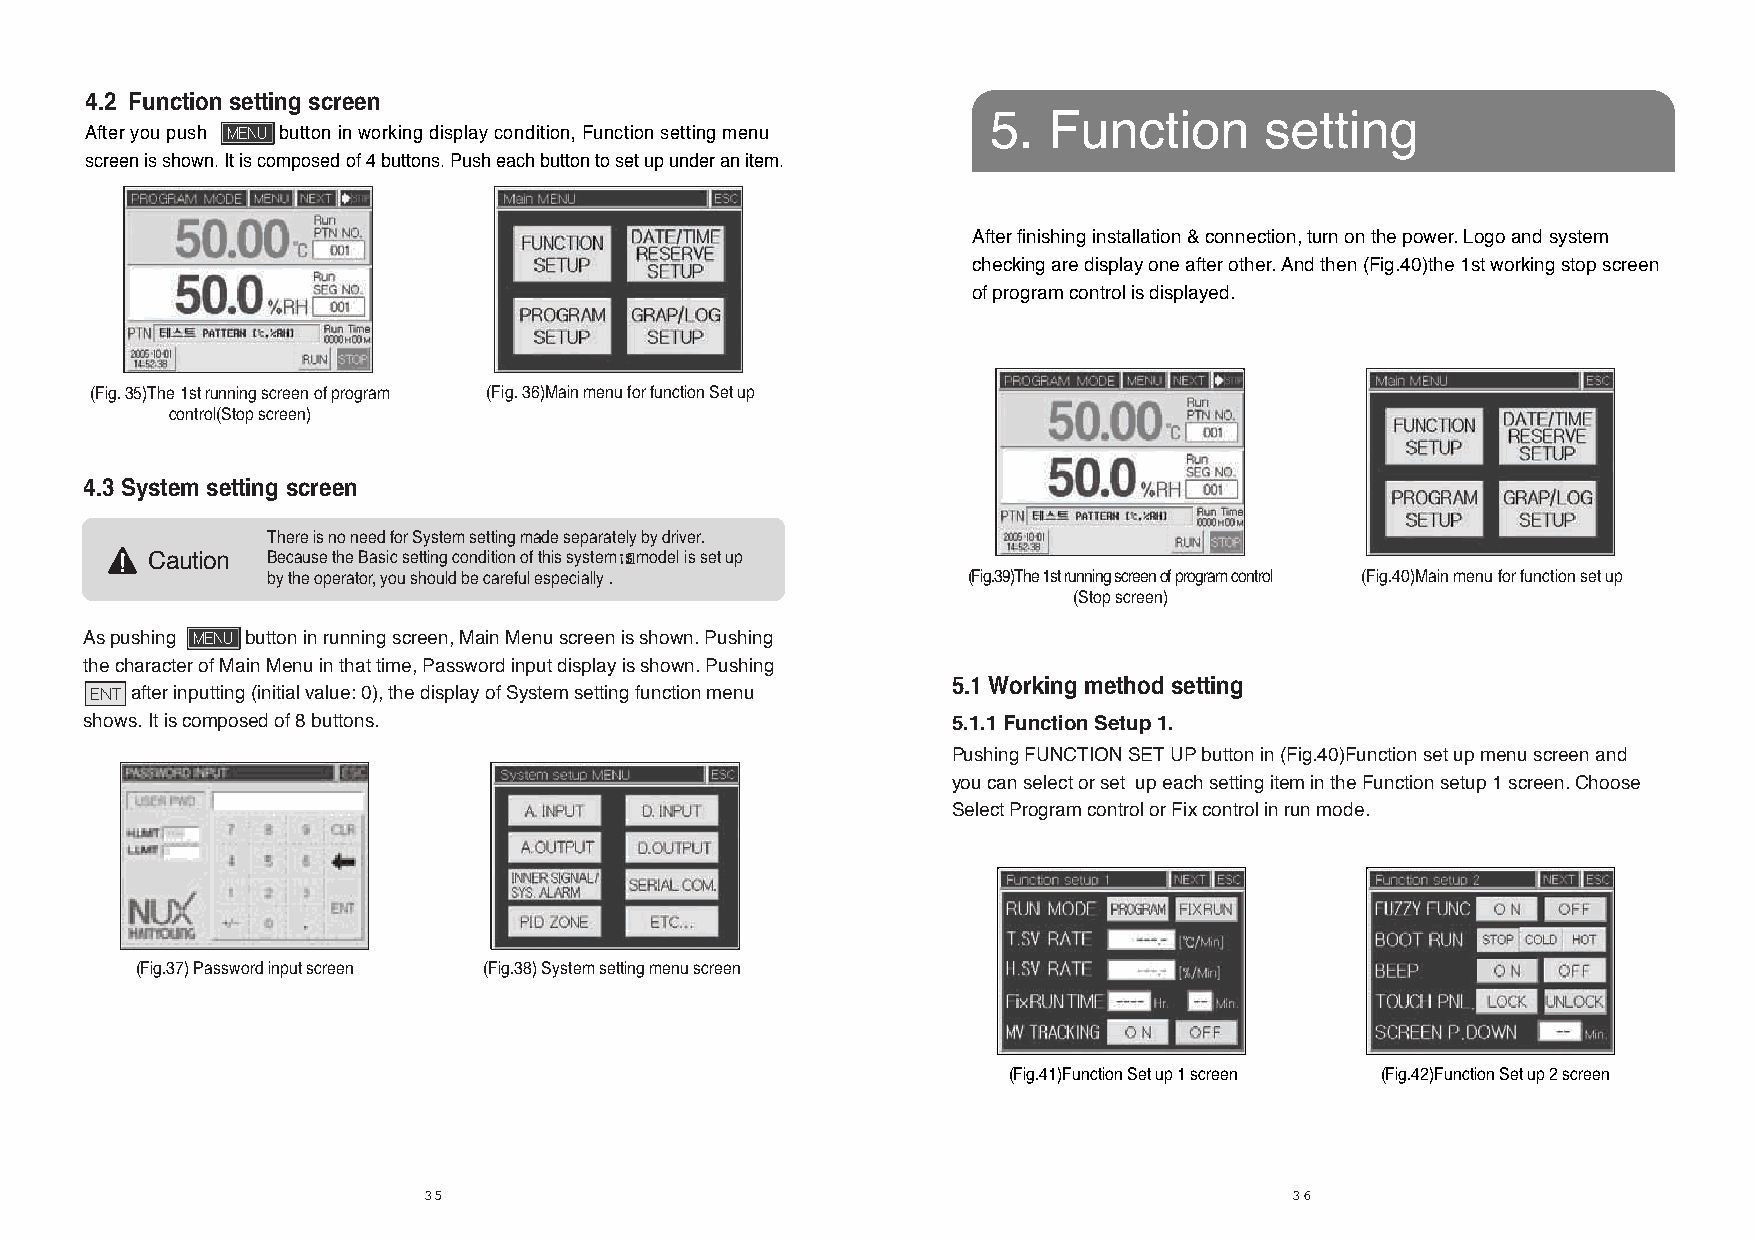
4.2 Function setting screen
 5. Function       setting
 After you push button in working display condition, Function setting menu
 screen is shown. It is composed of 4 buttons. Push each button to set up under an item.
 After finishing installation & connection, turn on the power. Logo and system
 checking are display one after other. And then (Fig.40)the 1st working stop screen
 of program control is displayed.
 (Fig. 35)The 1st running screen of program (Fig. 36)Main menu for function Set up
 control(Stop screen)
 4.3 System setting screen
 There is no need for System setting made separately by driver.
 Caution Because the Basic setting condition of this system¡sfl model is set up
 by the operator, you should be careful especially . (Fig.39)The 1st running screen of program control (Fig.40)Main menu for function set up
 (Stop screen)
 As pushing button in running screen, Main Menu screen is shown. Pushing
 the character of Main Menu in that time, Password input display is shown. Pushing
 5.1 Working method setting
 after inputting (initial value: 0), the display of System setting function menu
 shows. It is composed of 8 buttons.                      5.1.1 Function Setup 1.
 Pushing FUNCTION SET UP button in (Fig.40)Function set up menu screen and
 you can select or set up each setting item in the Function setup 1 screen. Choose
 Select Program control or Fix control in run mode.
 (Fig.37) Password input screen (Fig.38) System setting menu screen
 (Fig.41)Function Set up 1 screen (Fig.42)Function Set up 2 screen
 35                                                        36